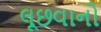
લૂછવાનો